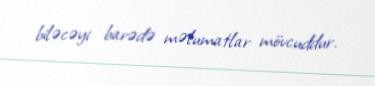
biləcəyi barədə məlumatlar mövcuddur.